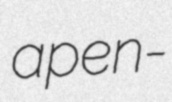
apen-